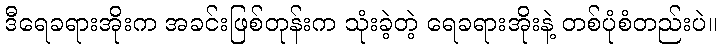
ဒီရေခရားအိုးက အခင်းဖြစ်တုန်းက သုံးခဲ့တဲ့ ရေခရားအိုးနဲ့ တစ်ပုံစံတည်းပဲ။